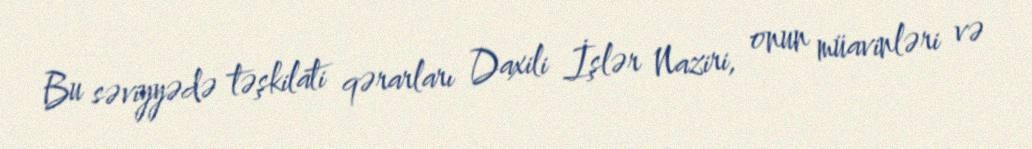
Bu səviyyədə təşkilati qərarları Daxili İşlər Naziri, onun müavinləri və